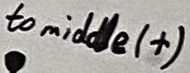
Text: to middle (+)